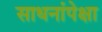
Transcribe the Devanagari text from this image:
साधनांपेक्षा